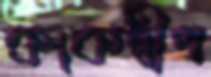
কাকদ্বীপ